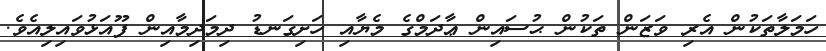
ހަމަލާތަކުން އެރި ވަޒަން ތަކުން ޙުސައިން ޢާދަމްގެ މެޔާއި ހަށިގަނޑު ދިމަދިމާއިން ފޫއަޅުވައިލިއެވެ.